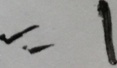
= 1